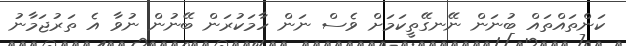
ކަންތައްތައް ބުނަން ނޭނގޭތީކަމަށް ވެސް ނަން ހާމަކުރަން ބޭނުން ނުވާ އެ ތަރުޖަމާނު